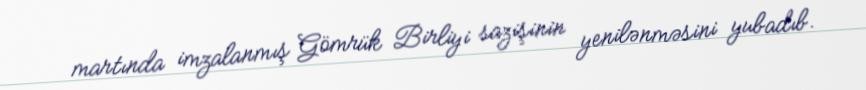
martında imzalanmış Gömrük Birliyi sazişinin yenilənməsini yubadıb.